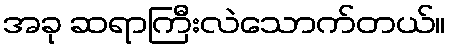
အခု ဆရာကြီးလဲသောက်တယ်။